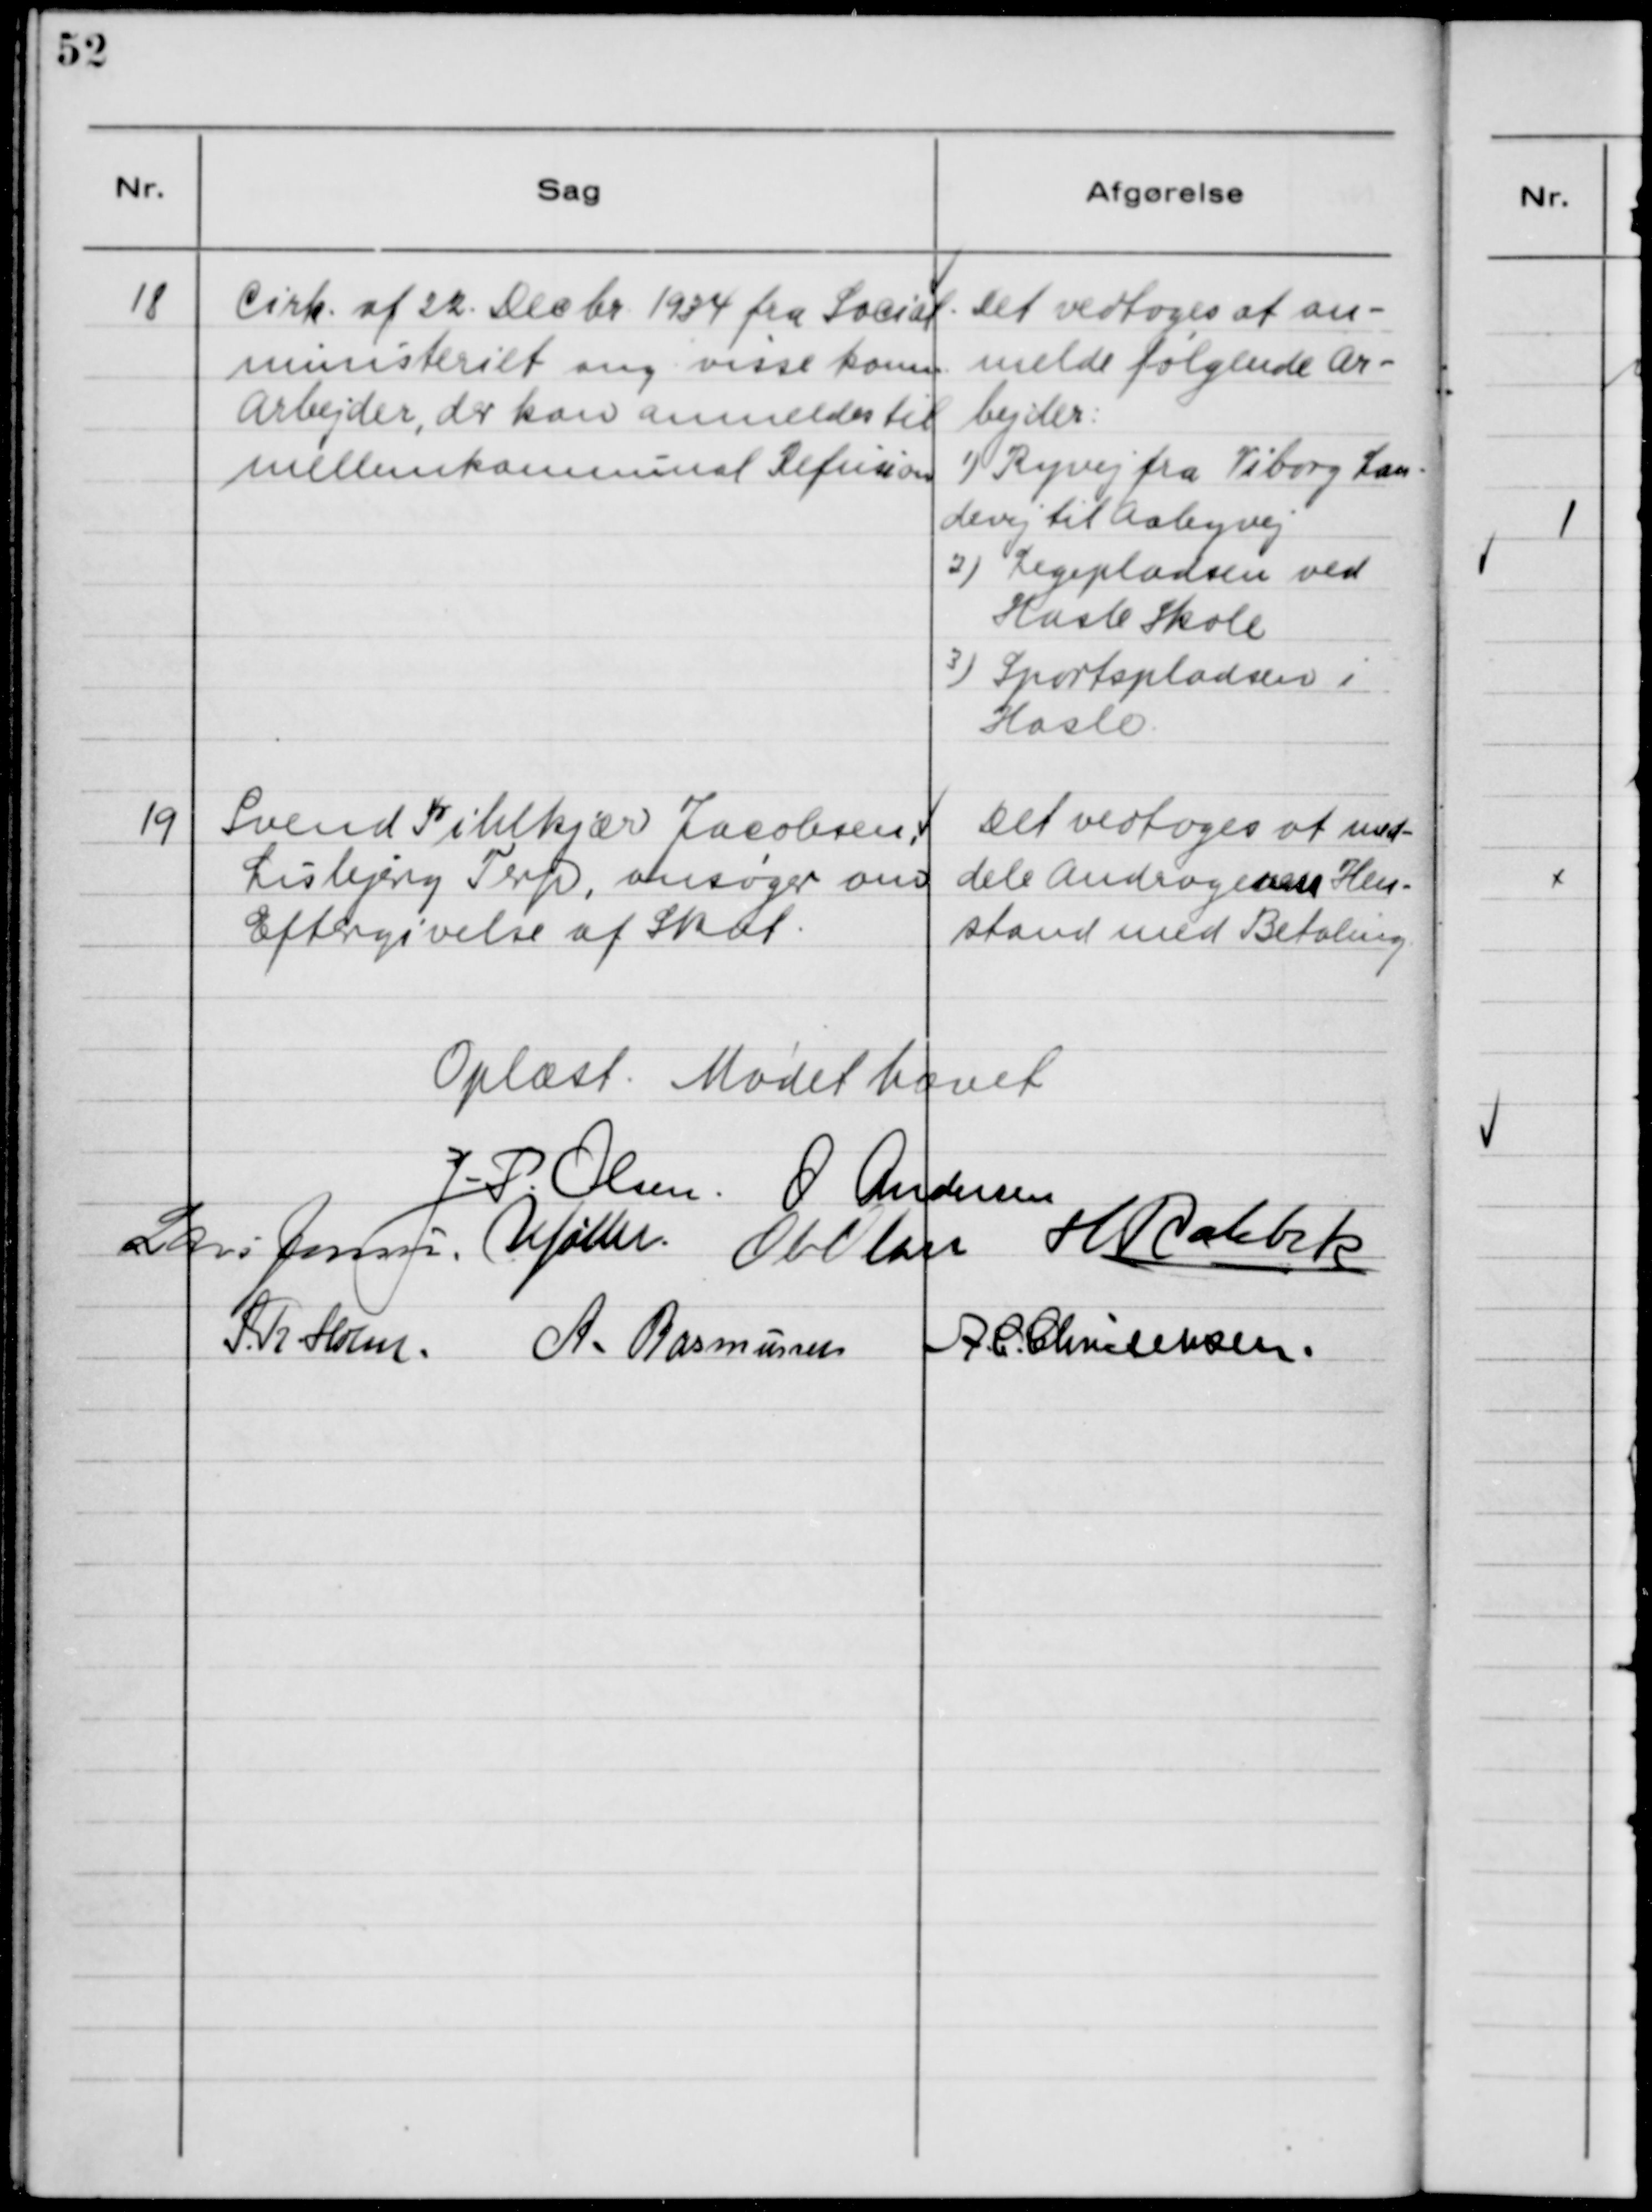
Transskription:
18

Cirk. af 22. Decbr. 1934 fra Social-
ministeriet ang. visse Komm.
Arbejder, der kan anmeldes til
mellemkommunal Refusion.

Det vedtoges at an-
melde følgende Ar-
bejder:
1) Ryvej fra Viborg Lan-
devej til Aabyhøj
2) Legepladsen ved
Hasle Skole
3) Sportspladsen i
Hasle.

19

Svend Pihlkjær Jacobsen,
Lisbjerg Terp, ansøger om
Eftergivelse af Skat.

Det vedtoges at med-
dele Andrageren Hen-
stand med Betaling.

Oplæst. Mødet hævet.